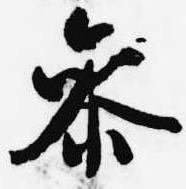
参